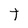
Character: T